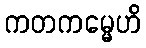
ကတကမ္မေဟိ